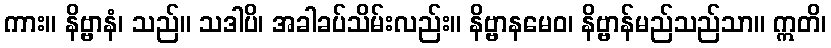
ကား။ နိဗ္ဗာနံ၊ သည်။ သဒါပိ၊ အခါခပ်သိမ်းလည်း။ နိဗ္ဗာနမေဝ၊ နိဗ္ဗာန်မည်သည်သာ။ ဣတိ၊